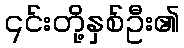
၎င်းတို့နှစ်ဦး၏